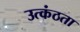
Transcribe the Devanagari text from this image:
उत्कंठता